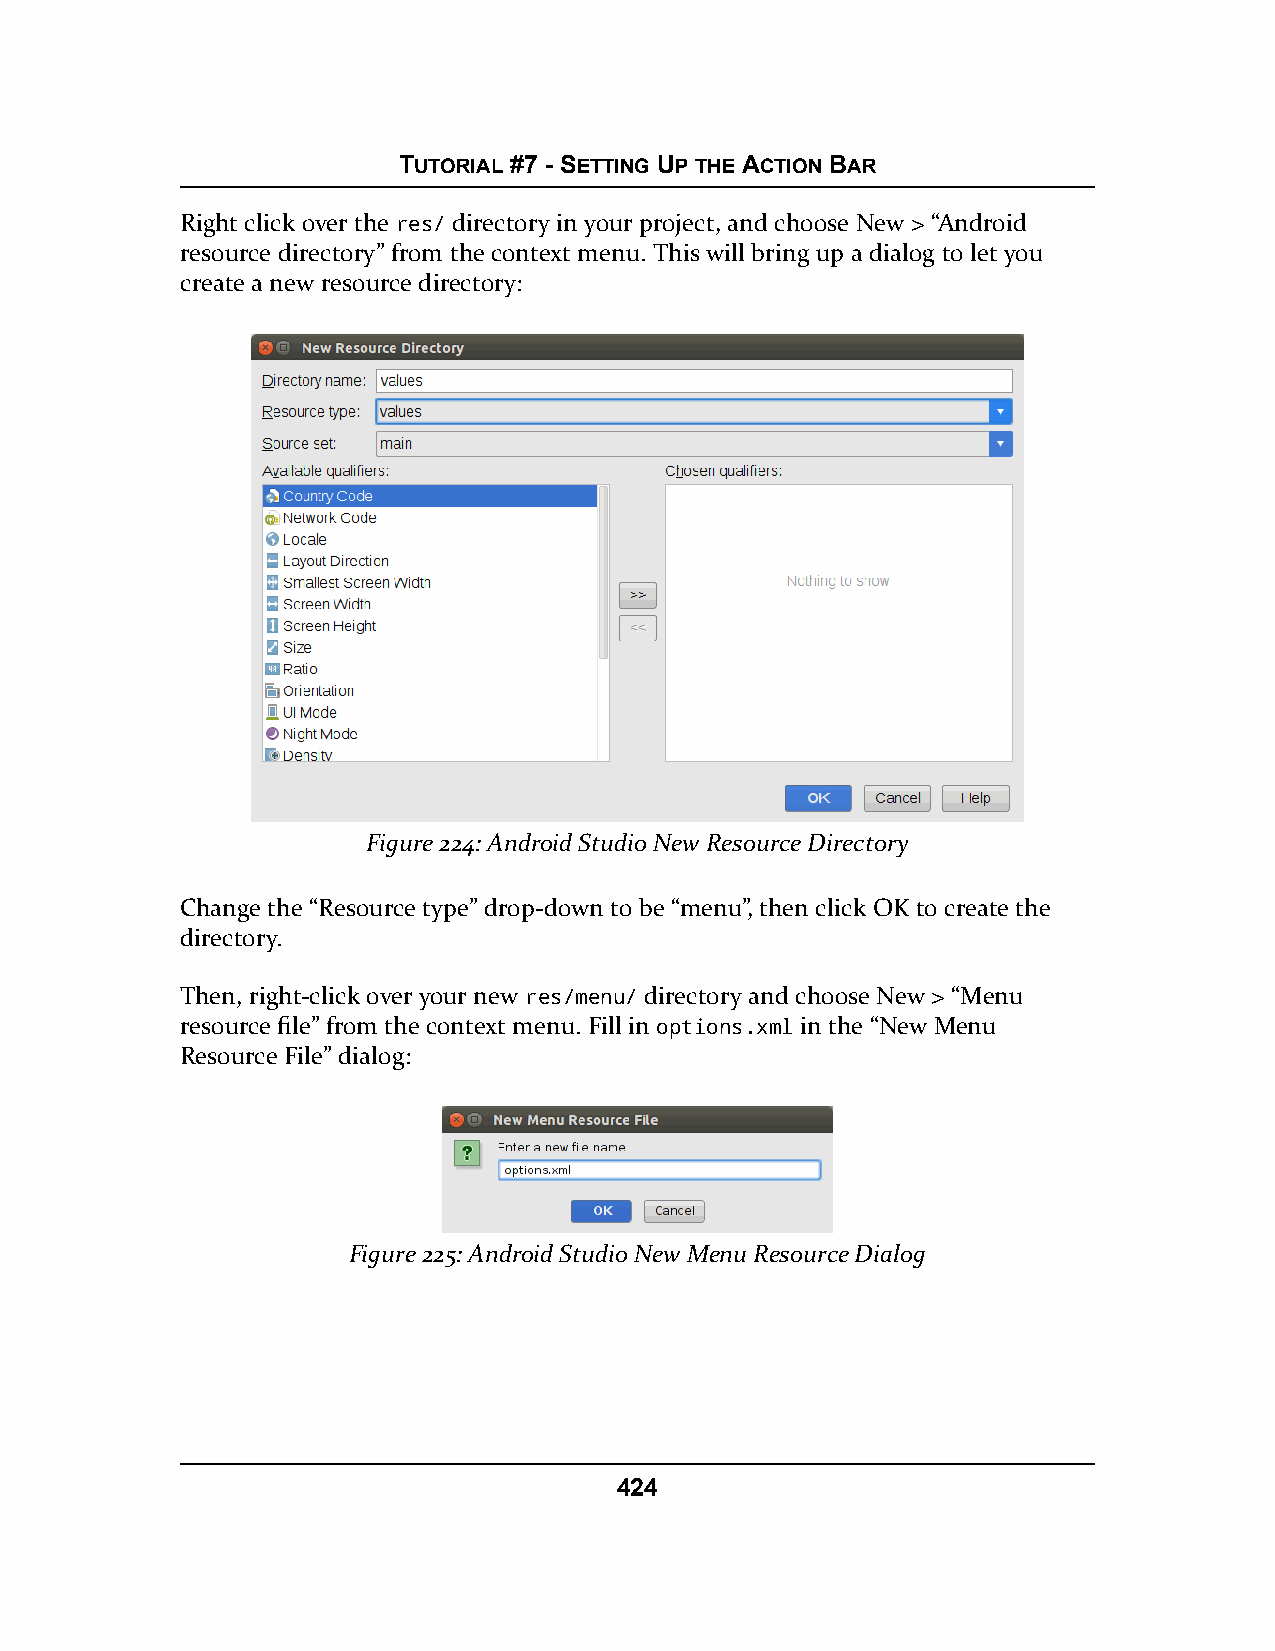
TUTORIAL #7 - SETTING UP THE ACTION BAR
 Right click over the res/ directory in your project, and choose New > “Android
 resource directory” from the context menu. This will bring up a dialog to let you
 create a new resource directory:
 Figure 224: Android Studio New Resource Directory
 Change the “Resource type” drop-down to be “menu”, then click OK to create the
 directory.
 Then, right-click over your new res/menu/ directory and choose New > “Menu
 resource file” from the context menu. Fill in options.xml in the “New Menu
 Resource File” dialog:
 Figure 225: Android Studio New Menu Resource Dialog
 424